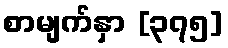
စာမျက်နှာ [၃၇၅]